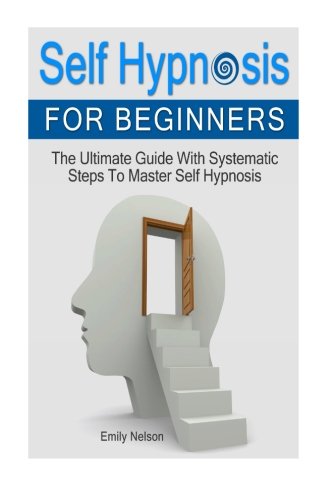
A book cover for Self Hypnosis for Beginners: The Ultimate Guide With Systematic Steps To Master Self Hypnosis (Self Hypnosis, Self Hypnosis As You Read, Self Hypnosis Diet); Emily Nelson; Health, Fitness & Dieting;